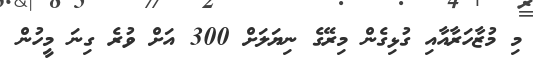
މި މުޒާހަރާއާއި ގުޅިގެން މިރޭގެ ނިޔަލަށް 300 އަށް ވުރެ ގިނަ މީހުން